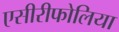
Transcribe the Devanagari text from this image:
एसीरीफोलिया